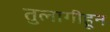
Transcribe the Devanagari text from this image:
तुलागीहून